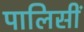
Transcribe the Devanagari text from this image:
पालिसीं